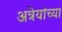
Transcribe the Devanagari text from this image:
अत्रेयांच्या